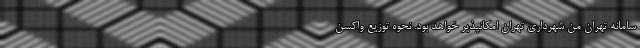
سامانه تهران من شهرداری تهران امکانپذیر خواهد بود. نحوه توزیع واکسن